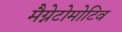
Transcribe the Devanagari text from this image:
मैग्नेटोमोटिव